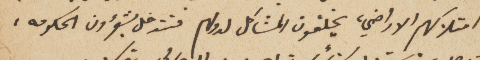
في امتلاكهم الاراضي، يخلقون المشاكل لدولهم فتتدخل بشؤون الحكومه،